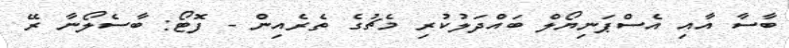
ބާސާ އާއި އެސްޕަނިޔޯލް ބައްދަލުކުރި މެޗުގެ ތެރެއިން - ފޮޓޯ: ބާސެލޯނާ ރޭ